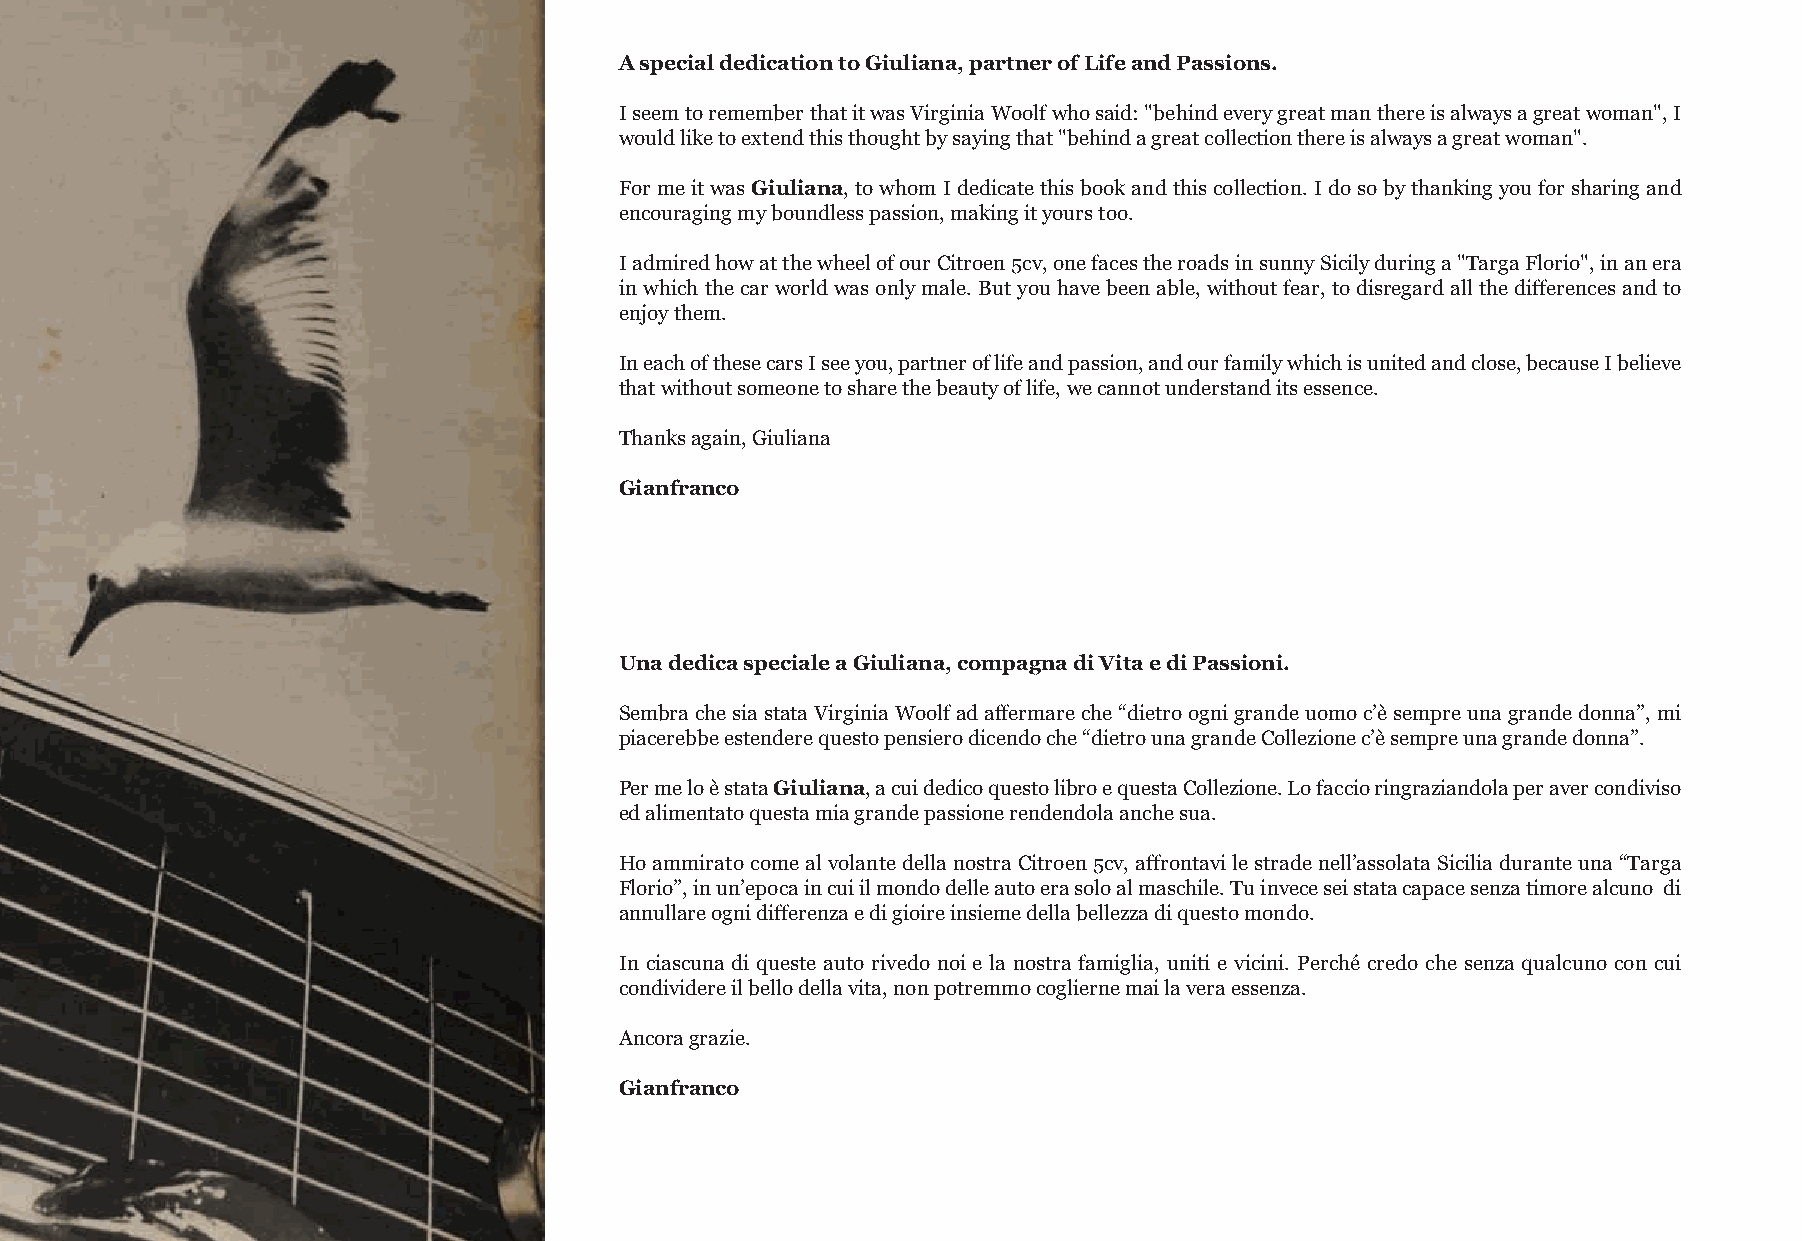
A special dedication to Giuliana, partner of Life and Passions.
 people stared at us
 I seem to remember that it was Virginia Woolf who said: "behind every great man there is always a great woman", I
 would like to extend this thought by saying that "behind a great collection there is always a great woman".
 For me it was Giuliana, to whom I dedicate this book and this collection. I do so by thanking you for sharing and
 encouraging my boundless passion, making it yours too.
 I admired how at the wheel of our Citroen 5cv, one faces the roads in sunny Sicily during a "Targa Florio", in an era
 in which the car world was only male. But you have been able, without fear, to disregard all the differences and to
 enjoy them.
 In each of these cars I see you, partner of life and passion, and our family which is united and close, because I believe
 that without someone to share the beauty of life, we cannot understand its essence.
 Thanks again, Giuliana
 Gianfranco
 Una dedica speciale a Giuliana, compagna di Vita e di Passioni.
 Sembra che sia stata Virginia Woolf ad affermare che “dietro ogni grande uomo c’è sempre una grande donna”, mi
 piacerebbe estendere questo pensiero dicendo che “dietro una grande Collezione c’è sempre una grande donna”.
 Per me lo è stata Giuliana, a cui dedico questo libro e questa Collezione. Lo faccio ringraziandola per aver condiviso
 ed alimentato questa mia grande passione rendendola anche sua.
 Ho ammirato come al volante della nostra Citroen 5cv, affrontavi le strade nell’assolata Sicilia durante una “Targa
 Florio”, in un’epoca in cui il mondo delle auto era solo al maschile. Tu invece sei stata capace senza timore alcuno di
 annullare ogni differenza e di gioire insieme della bellezza di questo mondo.
 In ciascuna di queste auto rivedo noi e la nostra famiglia, uniti e vicini. Perché credo che senza qualcuno con cui
 condividere il bello della vita, non potremmo coglierne mai la vera essenza.
 Ancora grazie.
 Gianfranco